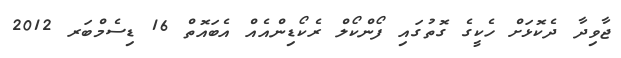
ޖާވިދާ ދެކޮޅަށް ހެކީގެ ގޮތުގައި ފޯންކޯލް ރެކޯޑިންއެއް އެބައޮތް 16 ޑިސެމްބަރ 2012